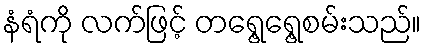
နံရံကို လက်ဖြင့် တရွေ့ရွေ့စမ်းသည်။